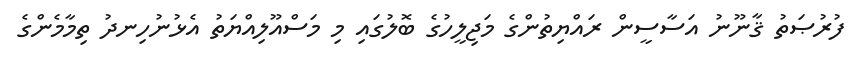
ފުރުޞަތު ޤާނޫނު އަސާސީން ރައްޔިތުންގެ މަޖިލީހުގެ ބޮލުގައި މި މަސްއޫލިއްޔަތު އެޅުނުހިނދު ތިމާމެންގެ